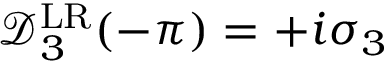
\mathcal { D } _ { 3 } ^ { \mathrm { L R } } ( - \pi ) = + i \sigma _ { 3 }